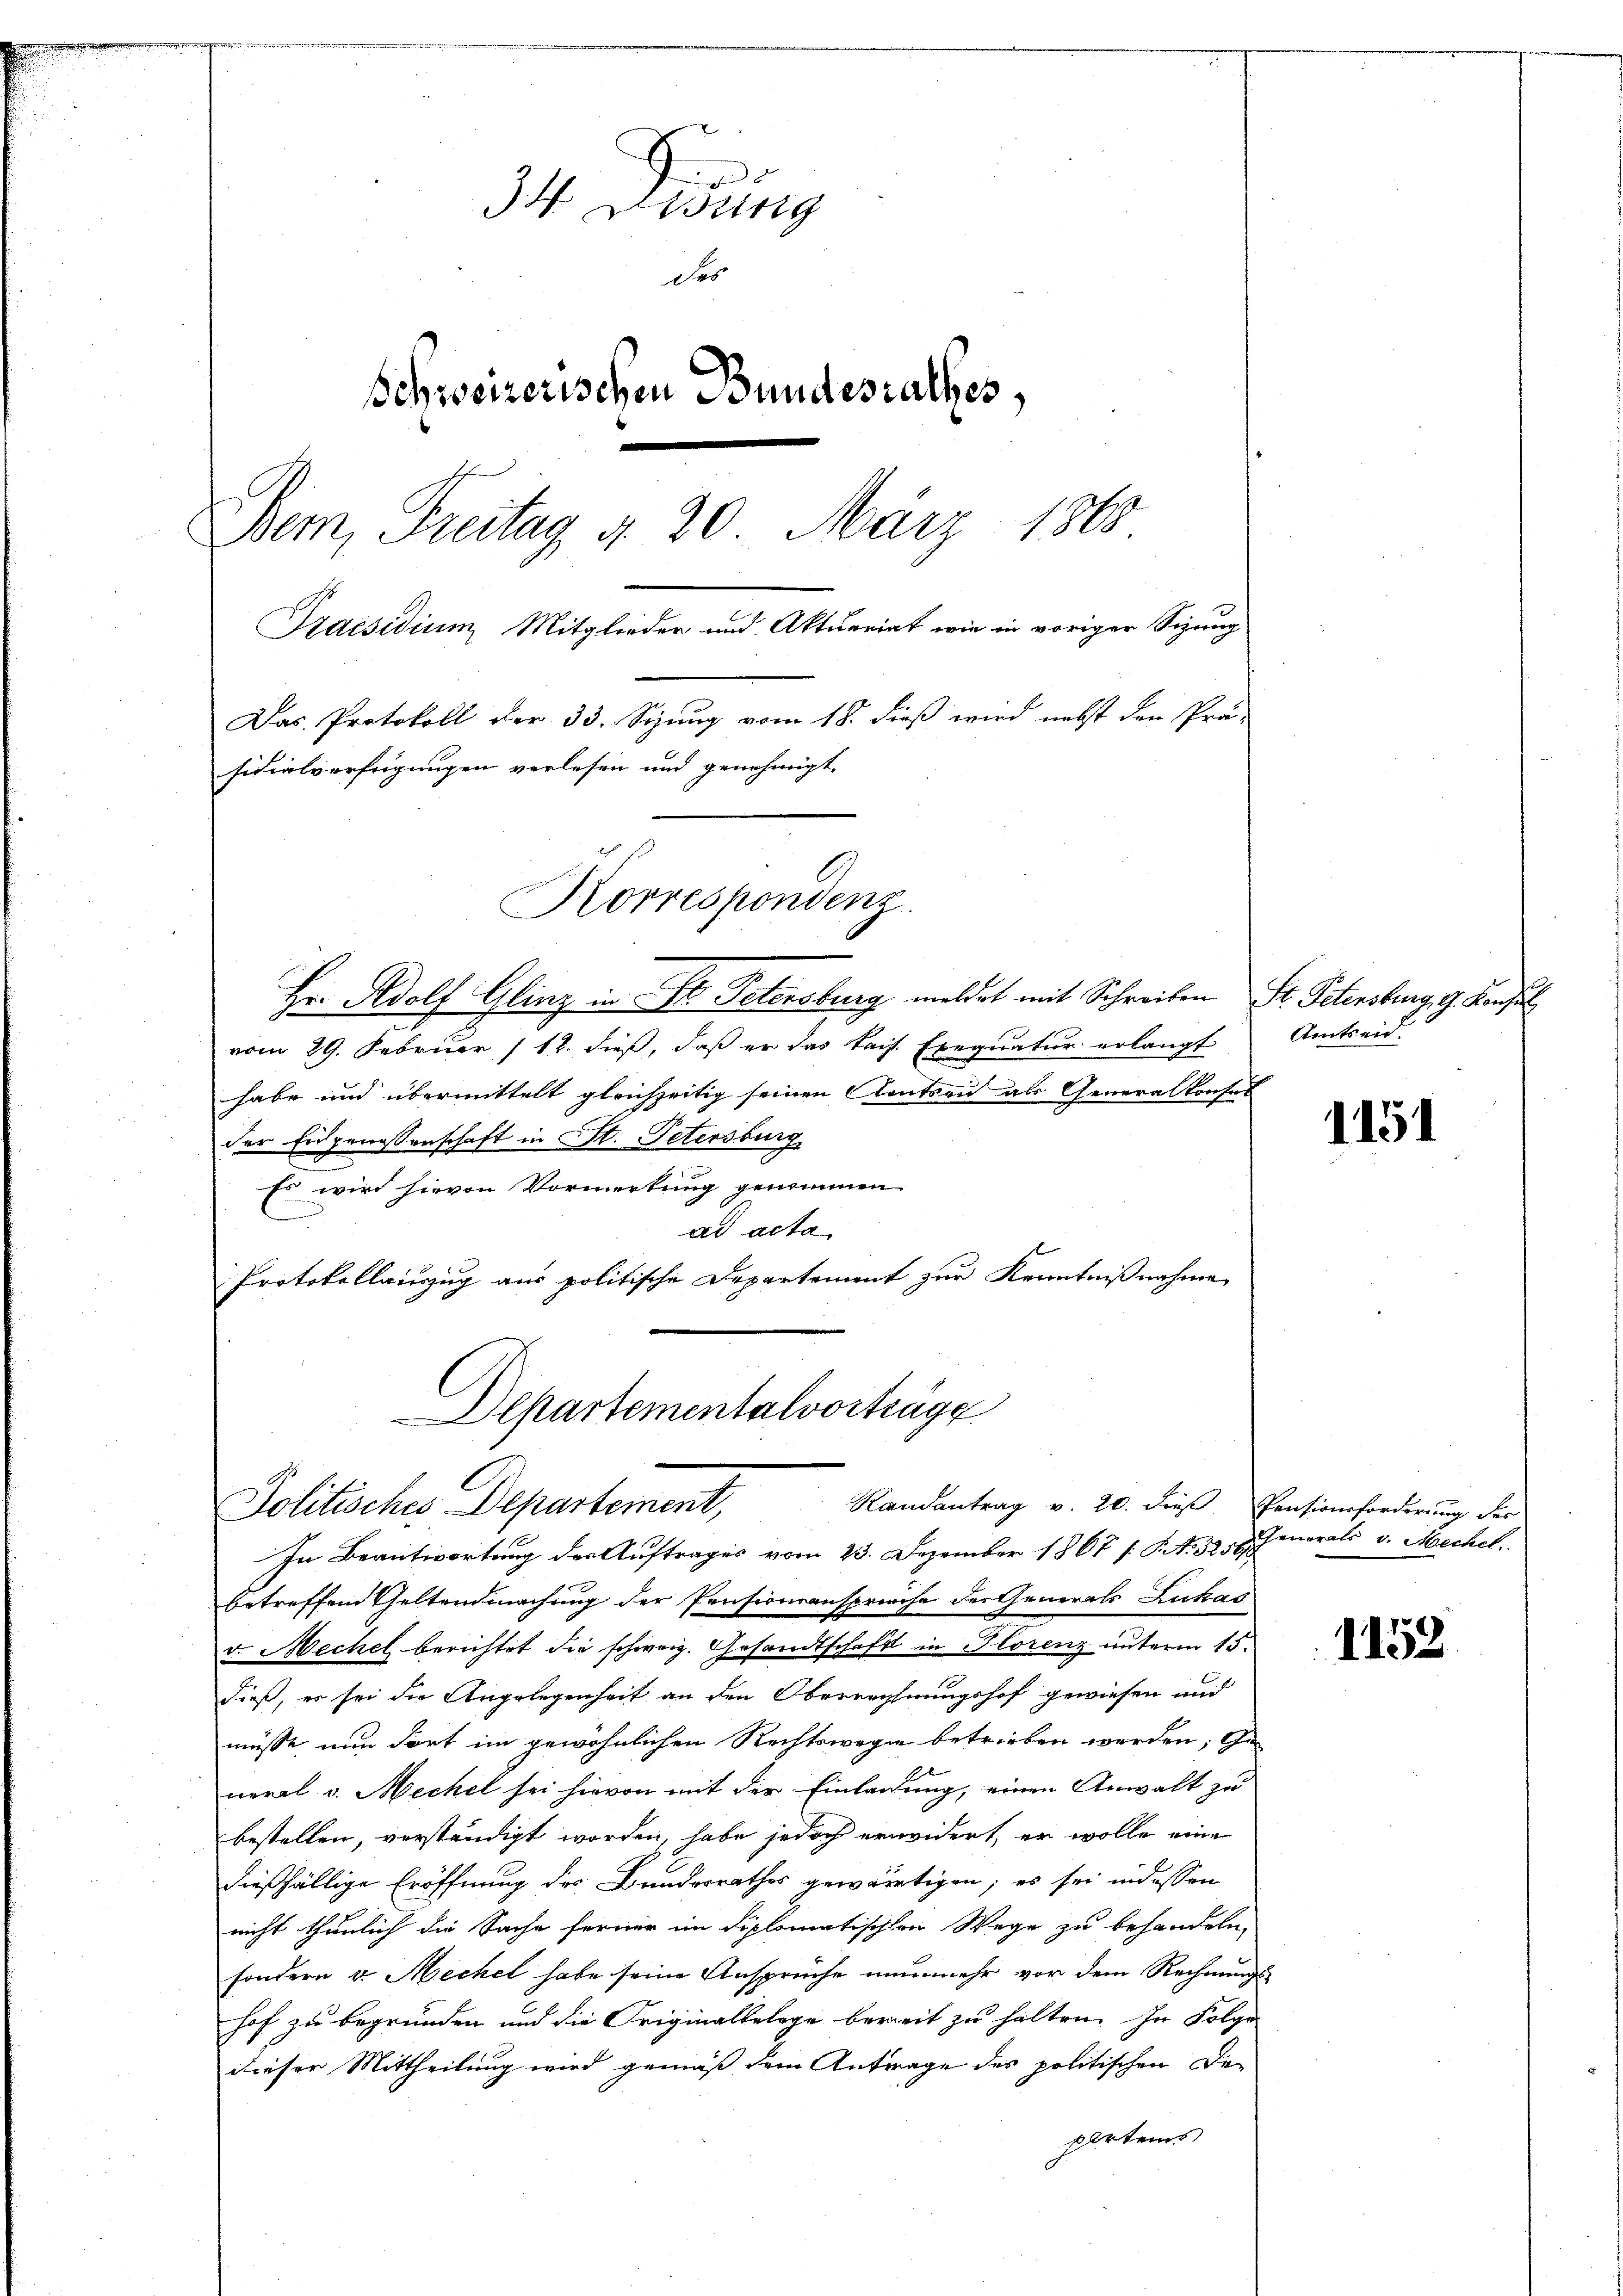
A
I
sttrig
des
Schweizerischen Bundesrathes,
Dem, Freitag d. 20. März 1860
Praesidium Mitglieder und Aktuariat wie in voriger Sitzung
Das Protokoll der 33. Sizung vom 18. dieß wird nebst den Prä-
sidialverfügungen verlesen und genehmigt.

Hr. Adolf Glinz in St. Petersburg meldet mit Schreiben St. Petersburg, G. Konsul
vom 29. Februar 112. dieß, daß er das kais. Exequatur erlangt
habe und übermittelt gleichzeitig seinen Amtsen als Generalkonses
der Eidgenossenschaft in St. Petersburg
Es wird hievon Vormerkung genommen
ad acta
Protokollauszug aus politische Departement zur Kenntnißnahme

Korrespondenz

Departementalvorträge
Randantrag v. 20. dieβ Pensionsforderung des
Politisches Departement,

Amtseid.

In Beantwortung des Auftrages vom 23. Dezember 1867 [S. Nr. 328. Jenerali v. Mechel
betreffend Geltendmachung der Pensionsanspriche der Generals Lukas
v. Mechel berichtet die schweiz. Gesandtschaft in Florenz unterm 15.
dieß, es sei die Angelegenheit an den Oberrechnungshof gewiesen und
müsse nun dort im gewöhnlichen Rechtswegen betrieben werden; Ge
neral v. Mechel sei hievon mit der Einladung, einen Anwalt zu
bestellen, verständigt worden, habe jedoch erwidert, er wolle eine
dießfällige Eröffnung des Banderrathes gewärtigen; es sei in dessen
nicht thunlich die Sache ferner im diplomatischen Wege zu behandeln,
sondern v. Mechel habe seine Ansprüche nunmehr vor dem Rechnungshof zu begründen und die Originalbelege bereit zu halten. In Folge
dieser Mittheilung wird gemäß dem Antrage des politischen De-
partem

1151

1152